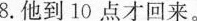
8.他到10点才回来。